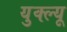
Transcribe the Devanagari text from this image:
युक्ल्यू